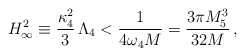
\begin{align*}H^2_\infty \equiv \frac{\kappa^2_4}{3}\,\Lambda_4 < \frac{1}{4 \omega_4 M}=\frac{3 \pi M_5^3}{32 M}\,,\end{align*}